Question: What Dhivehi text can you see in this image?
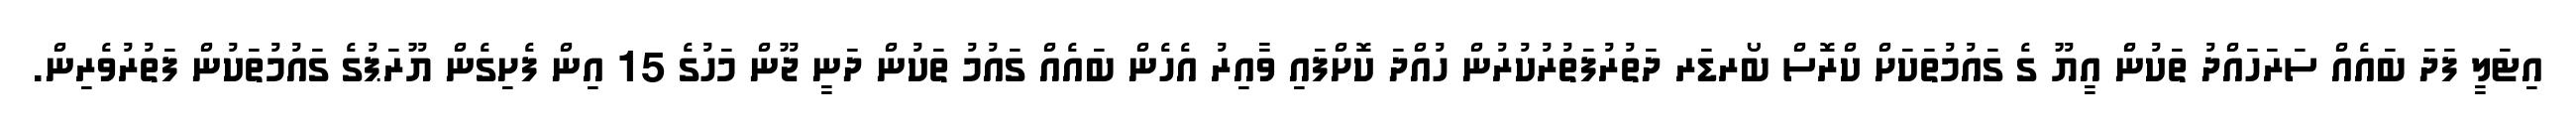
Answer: އިޓަލީ ފަދަ ބައެއް ސަރަހައްދު ތަކުންެ އީޔޫ ގެ ގައުމުތަކަށް ކްރޮސް ބޯރޑަރ ދަތުރުފަތުރުކުރުން ހުއްދަ ކޮށްފައި ވާއިރު އެހެން ބައެއް ގައުމު ތަކުން ދަނީ ޖޫން މަހުގެ 15 އިން ފެށިގެން ޔޫރަޕުގެ ގައުމުތަކުން ފަތުރުވެރިން.